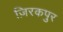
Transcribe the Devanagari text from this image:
ज़िरकपुर